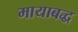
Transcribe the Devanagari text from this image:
मायाबद्ध